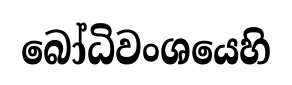
බෝධිවංශයෙහි